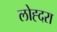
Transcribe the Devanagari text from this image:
लोह्दरा